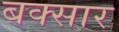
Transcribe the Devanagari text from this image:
बक्सार